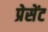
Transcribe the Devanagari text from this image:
प्रेसेंट